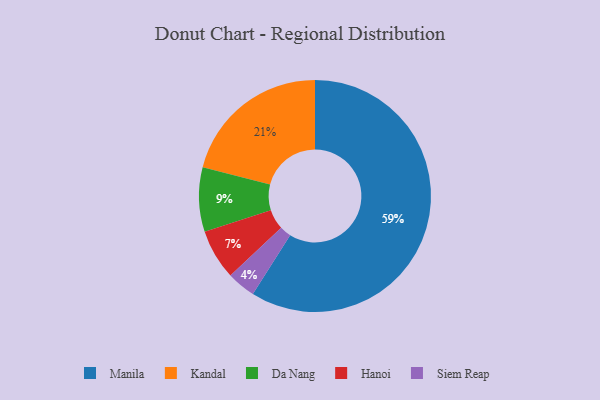
{"axis": {"x": "Category", "y": "Percentage"}, "legend": ["Da Nang", "Hanoi", "Kandal", "Manila", "Siem Reap"], "data": [{"x": "Da Nang", "y": 9, "type": "Da Nang"}, {"x": "Siem Reap", "y": 4, "type": "Siem Reap"}, {"x": "Manila", "y": 59, "type": "Manila"}, {"x": "Hanoi", "y": 7, "type": "Hanoi"}, {"x": "Kandal", "y": 21, "type": "Kandal"}]}